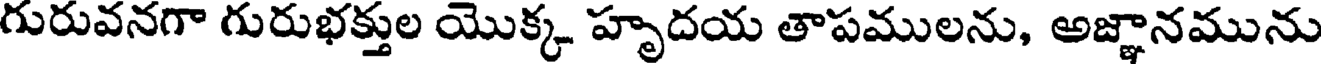
గురువనగా గురుభక్తుల యొక్క హృదయ తాపములను, అజ్ఞానమును